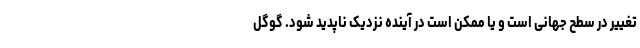
تغییر در سطح جهانی است و یا ممکن است در آینده نزدیک ناپدید شود. گوگل